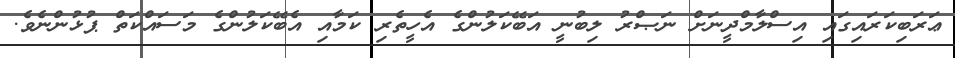
ޢަރަބިކަރައިގައި އިސްލާމްދީނަށް ނަޞްރު ލިބުނީ އަބޭކަލުންގެ އެހީތެރި ކަމާއި އެބޭކަލުންގެ މަސައްކަތް ޕުޅުންނެވެ.